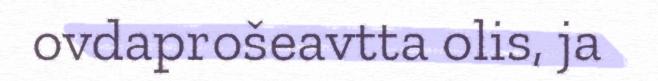
ovdaprošeavtta olis, ja